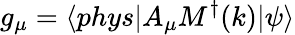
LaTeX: g_{\mu}=\langle phys|A_{\mu}M^{\dagger}(k)|\psi\rangle